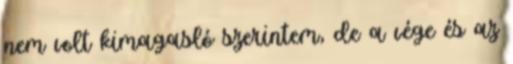
nem volt kimagasló szerintem, de a vége és az